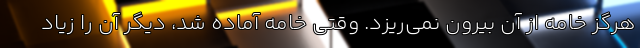
هرگز خامه از آن بیرون نمی‌ریزد. وقتی خامه آماده شد، دیگر آن را زیاد